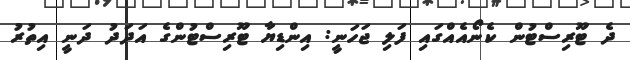
ދެ ޓޫރިސްޓުން ކެނޯއެއްގައި ފަލި ޖަހަނީ: އިންޑިޔާ ޓޫރިސްޓުންގެ އަދަދު ދަނީ އިތުރު